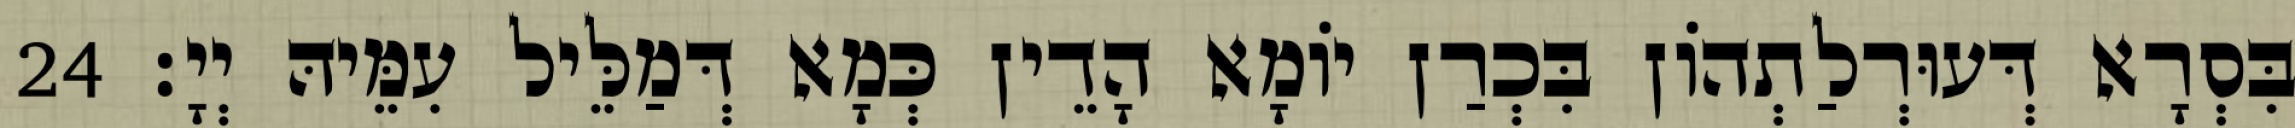
בִּסְרָא דְּעוּרְלַתְהוֹן בִּכְרַן יוֹמָא הָדֵין כְּמָא דְּמַלֵּיל עִמֵּיהּ יְיָ׃ 24